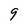
Character: 9